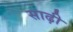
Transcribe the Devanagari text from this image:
साढ़ी